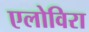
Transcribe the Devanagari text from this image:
एलोविरा